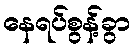
နေရပ်စွန့်ခွာ